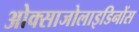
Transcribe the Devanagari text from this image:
ओक्साजोलाइडिनोंस